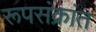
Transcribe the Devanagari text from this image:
रूपसंक्रांत